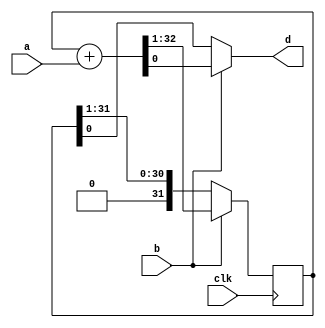
/* Multiplier for nanoV
 *
 * 32x32 -> 32 multiply (mullo)
 *
 * Multiply runs over bits(b) cycles.
 * The user provides the 32-bit value a and the low bit of b.
 * Each cycle:
 * a is added to the result if b is true.
 * a is shifted left (by the user).
 * b is shifted right (by the user).
 *
 * The low bit of the result is presented as d.
 * The full result can be read over 32 cycles by holding read_out high,
 * which causes the result to be shifted right.
 */

module nanoV_mul #(parameter A_BITS=32) (
    input clk,

    input [A_BITS-1:0] a,
    input b,

    output d
);

//`ifdef SIM
//  `define SIMPLE_MULTIPLY
//`endif 
//`ifdef ICE40
//  `define SIMPLE_MULTIPLY
//`endif 
//
//`ifdef SIMPLE_MULTIPLY
    reg [A_BITS-1:0] accum;
    wire [A_BITS:0] next_accum = {1'b0, accum} + {1'b0, a};

    always @(posedge clk) begin
        accum <= b ? next_accum[A_BITS:1] : {1'b0, accum[A_BITS-1:1]};
    end
//`else
//    wire [A_BITS-1:0] accum;
//    wire [A_BITS:0] next_accum = {1'b0, accum} + {1'b0, a};
//
//    genvar i;
//    for (i = 0; i < A_BITS-1; i = i + 1) begin
//        sky130_fd_sc_hd__sdfxtp_1 accumff(
//            .CLK(clk),
//            .D(accum[i+1]),
//            .Q(accum[i]),
//            .SCD(next_accum[i+1]),
//            .SCE(b)
//        );
//    end
//    sky130_fd_sc_hd__sdfxtp_1 accumff_last(
//            .CLK(clk),
//            .D(1'b0),
//            .Q(accum[A_BITS-1]),
//            .SCD(next_accum[A_BITS]),
//            .SCE(b)
//        );
//`endif

    assign d = b ? next_accum[0] : accum[0];

endmodule